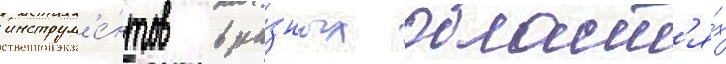
инструм'е́нтов в ра́зных област'я́х